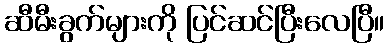
ဆီမီးခွက်များကို ပြင်ဆင်ပြီးလေပြီ။